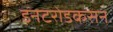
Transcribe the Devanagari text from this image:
इनटरोडकसन